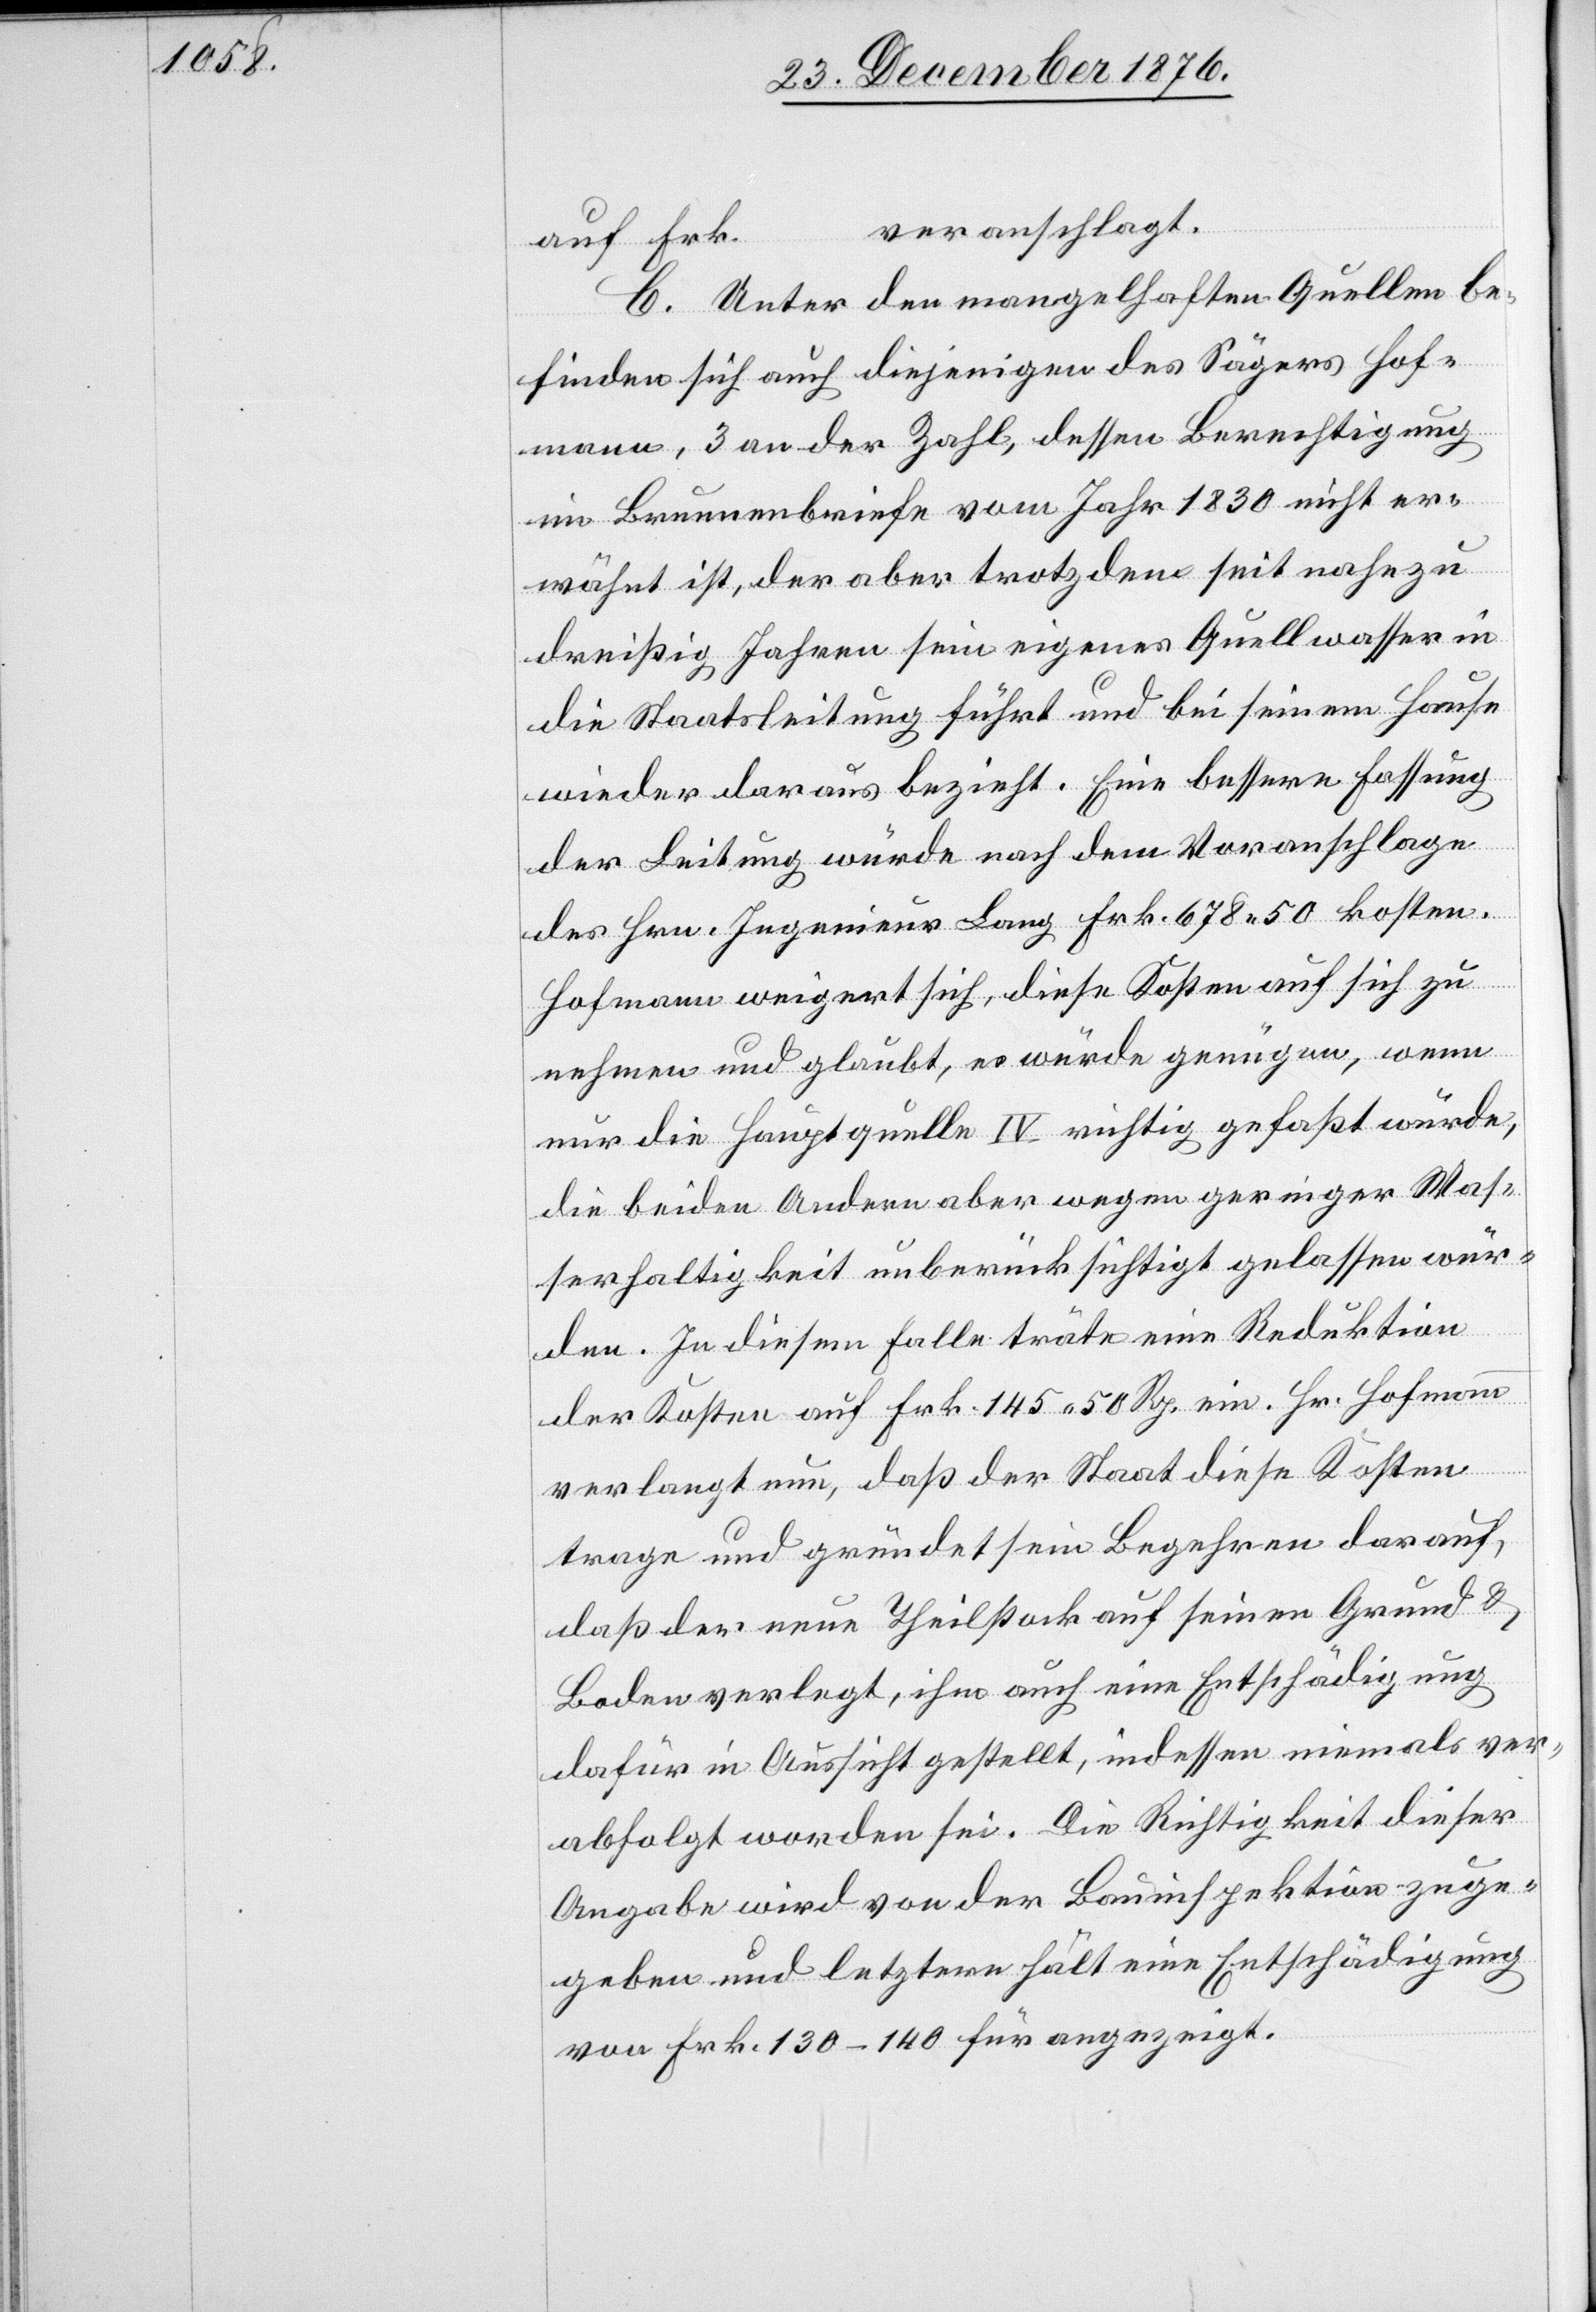
veranschlagt.
auf Frk.
C. Unter den mangelhaften Quellen be¬
finden sich auch diejenigen des Sägers Hof¬
mann, 3 an der Zahl, dessen Berechtigung
im Brunnenbriefe vom Jahr 1830 nicht er¬
wähnt ist, der aber trotzdem seit nahezu
dreißig Jahren sein eigenes Quellwasser in
die Staatsleitung führt und bei seinem Hause
wieder daraus bezieht. Eine bessere Fassung
der Leitung würde nach dem Voranschlage
des Hrn. Ingenieur Lang Frk. 678 50 kosten.
…
Hofmann weigert sich, diese Kosten auf sich zu
nehmen und glaubt, es würde genügen, wenn
nur die Hauptquelle IV richtig gefaßt würde,
die beiden Andern aber wegen geringer Was¬
serhaltigkeit unberücksichtigt gelassen wür¬
den. In diesem Falle träte eine Reduktion
der Kosten auf Frk. 145 50 Rp. ein. Hr. Hofmann
verlangt nun, daß der Staat diese Kosten
trage und gründet sein Begehren darauf,
daß der neue Theilstock auf seinen Grund &
Boden verlegt, ihm auch eine Entschädigung
dafür in Aussicht gestellt, indessen niemals ver¬
abfolgt worden sei. Die Richtigkeit dieser
Angabe wird von der Bauinspektion zuge¬
geben und letztere hält eine Entschädigung
von Frk. 130–140 für angezeigt.